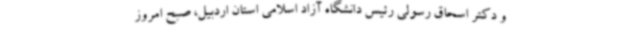
و دکتر اسحاق رسولی رئیس دانشگاه آزاد اسلامی استان اردبیل، صبح امروز